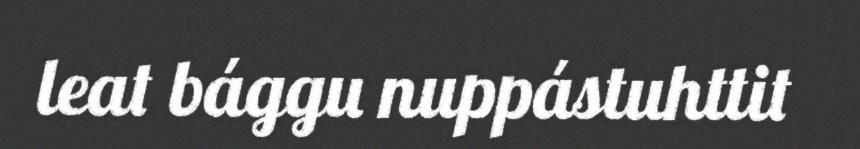
leat bággu nuppástuhttit